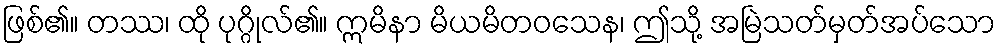
ဖြစ်၏။ တဿ၊ ထို ပုဂ္ဂိုလ်၏။ ဣမိနာ မိယမိတဝသေန၊ ဤသို့ အမြဲသတ်မှတ်အပ်သော